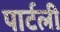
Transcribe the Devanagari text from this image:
पार्टली